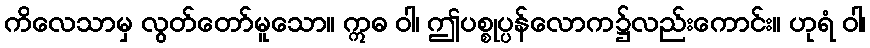
ကိလေသာမှ လွတ်တော်မူသော။ ဣဓ ဝါ၊ ဤပစ္စုပ္ပန်လောက၌လည်းကောင်း။ ဟုရံ ဝါ၊